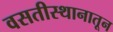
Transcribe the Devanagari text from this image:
वसतीस्थानातून